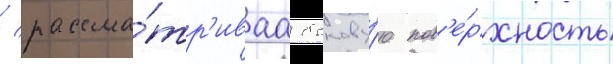
/ рассма́тр'иваа бокову́ю пов'е́рхность